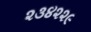
૨૩૪૨૨૯